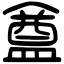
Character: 𥂝